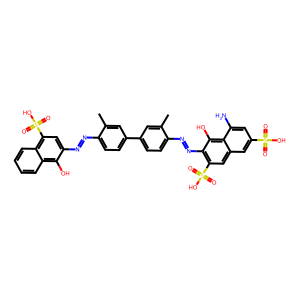
SMILES: Cc1cc(-c2ccc(N=Nc3c(S(=O)(=O)O)cc4cc(S(=O)(=O)O)cc(N)c4c3O)c(C)c2)ccc1N=Nc1cc(S(=O)(=O)O)c2ccccc2c1O
Inhibits HIV replication: No